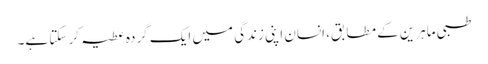
طبی ماہرین کے مطابق، انسان اپنی زندگی میں ایک گردہ عطیہ کر سکتا ہے۔